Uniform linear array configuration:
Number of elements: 8
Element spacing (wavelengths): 0.5
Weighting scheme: kaiser
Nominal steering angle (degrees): -30
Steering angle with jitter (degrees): -31.919
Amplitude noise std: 0.05
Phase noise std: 0.05

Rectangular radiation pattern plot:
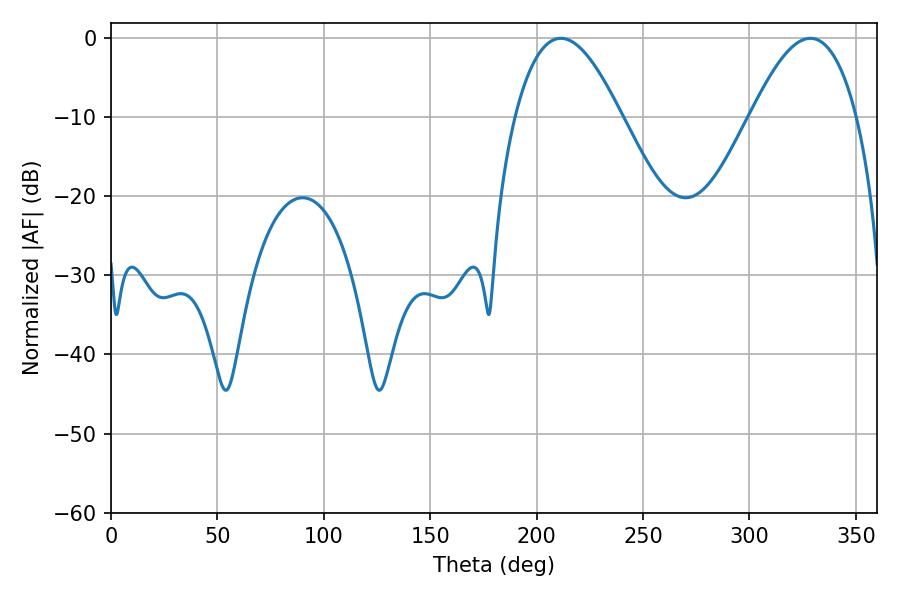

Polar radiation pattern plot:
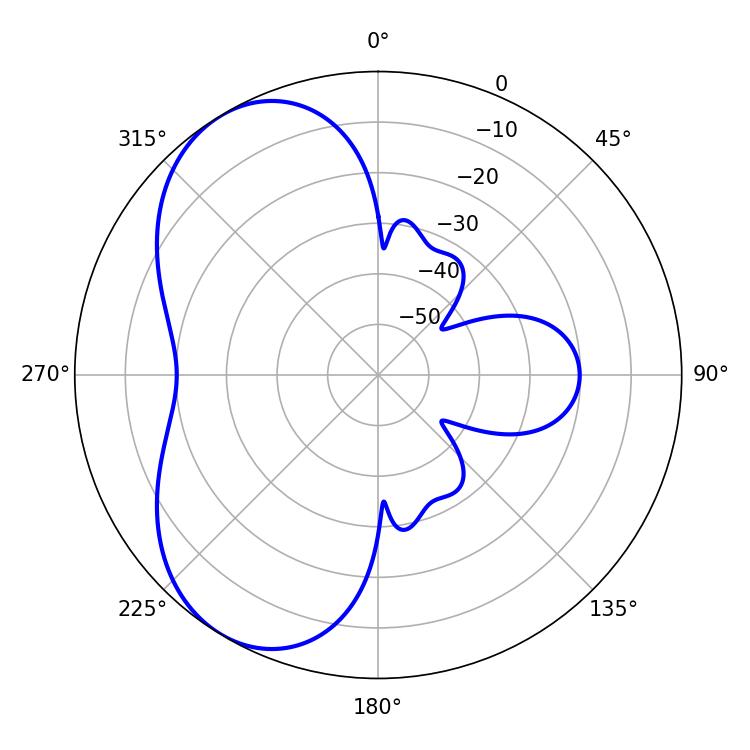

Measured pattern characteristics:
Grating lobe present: FALSE
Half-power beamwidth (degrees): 27.18
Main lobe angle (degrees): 211.32